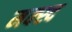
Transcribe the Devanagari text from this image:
मक्स्द